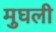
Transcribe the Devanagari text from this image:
मुघली